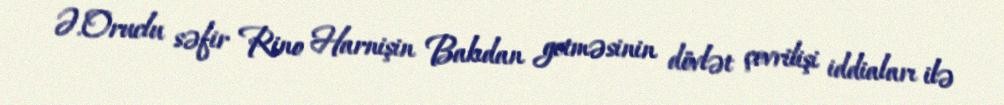
Ə.Oruclu səfir Rino Harnişin Bakıdan getməsinin dövlət çevrilişi iddiaları ilə